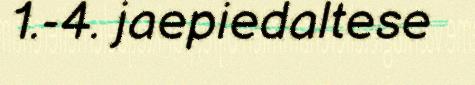
1.-4. jaepiedaltese